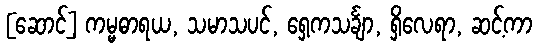
[ဆောင်] ကမ္မဓာရယ, သမာသပင်, ရှေ့ကသင်္ချာ, ရှိလေရာ, ဆင့်ကာ